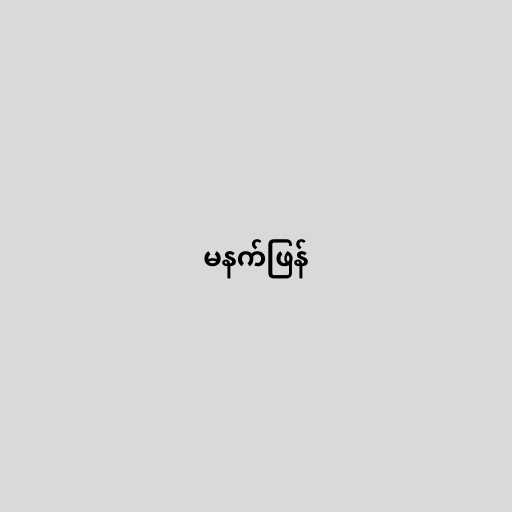
မနက်ဖြန်